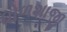
ધોળશાજી